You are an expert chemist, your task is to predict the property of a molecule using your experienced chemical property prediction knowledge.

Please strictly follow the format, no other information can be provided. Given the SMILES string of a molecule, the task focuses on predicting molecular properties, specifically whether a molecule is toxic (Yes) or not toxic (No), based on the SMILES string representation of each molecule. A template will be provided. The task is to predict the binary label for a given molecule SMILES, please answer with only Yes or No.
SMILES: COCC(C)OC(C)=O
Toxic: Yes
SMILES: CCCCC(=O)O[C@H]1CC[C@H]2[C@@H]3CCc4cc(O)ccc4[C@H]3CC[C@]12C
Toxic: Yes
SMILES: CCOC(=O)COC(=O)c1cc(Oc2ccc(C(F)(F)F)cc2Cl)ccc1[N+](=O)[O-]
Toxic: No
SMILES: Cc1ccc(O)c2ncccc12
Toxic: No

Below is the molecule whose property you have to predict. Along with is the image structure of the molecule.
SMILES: CC(C)(O)Cc1ccccc1
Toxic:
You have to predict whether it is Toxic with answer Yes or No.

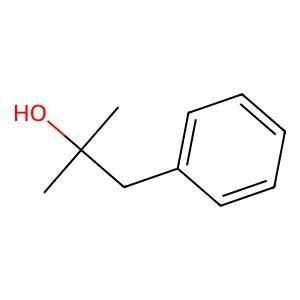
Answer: No